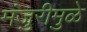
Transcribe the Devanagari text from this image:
मंजुरीमुळे